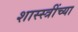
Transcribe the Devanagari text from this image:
शास्स्त्रींच्या